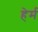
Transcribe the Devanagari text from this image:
हेर्म